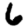
Digit: 6